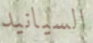
السيانيد